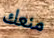
منعك